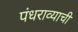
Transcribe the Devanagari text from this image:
पंधराव्याची